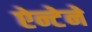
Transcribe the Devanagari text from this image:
ऐन्टेने